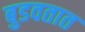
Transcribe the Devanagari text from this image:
बुडवतात